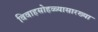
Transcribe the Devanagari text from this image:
विवाहसोहळ्यासारख्या